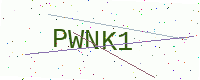
Text: PWNK1